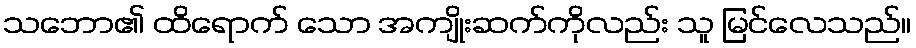
သဘော၏ ထိရောက် သော အကျိုးဆက်ကိုလည်း သူ မြင်လေသည်။